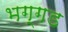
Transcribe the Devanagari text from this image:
भग्‍गड